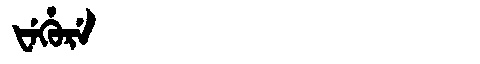
Manchu: ᡶᡝᡥᡠᡵᡝ
Romanization: FEHURE